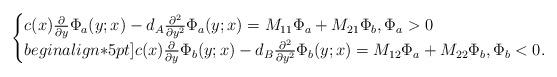
LaTeX: \begin{align*} \begin{cases} c(x)\frac{\partial}{\partial y}\Phi_a(y;x)-d_A\frac{\partial^2}{\partial y^2}\Phi_a(y;x) = M_{11}\Phi_a+M_{21}\Phi_b,\Phi_a>0 \\begin{align*}5pt] c(x)\frac{\partial}{\partial y}\Phi_b(y;x)-d_B\frac{\partial^2}{\partial y^2}\Phi_b(y;x) = M_{12}\Phi_a+M_{22}\Phi_b,\Phi_b<0. \end{cases}\end{align*}